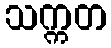
သက္ကတ